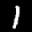
Label: 1